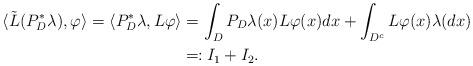
LaTeX: \begin{align*}\langle\tilde{L}(P_D^*\lambda),\varphi\rangle=\langle P_D^*\lambda,L\varphi\rangle&=\int_DP_D\lambda(x)L\varphi(x)dx+\int_{D^c}L\varphi(x)\lambda(dx)\\&\eqqcolon I_1+I_2.\end{align*}